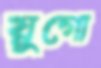
য়ুগো